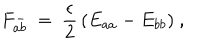
F _ { a b } ^ { - } ~ = ~ \frac { \epsilon } { 2 } \, ( E _ { a a } - E _ { b b } ) ~ ,